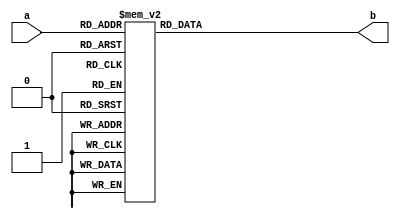
module special_multiplier(a,b);

input  [3:0] a;
output [6:0] b;
reg    [6:0] b;

always @(a)
begin
	case(a)
//	4'b0000:b = 7'b0000001;
	4'b0001:b = 7'b1001111;
	4'b0010:b = 7'b0010010;
	4'b0011:b = 7'b0001101;
	4'b0100:b = 7'b0000100;
	4'b0101:b = 7'b1100000;
	4'b0110:b = 7'b1100000;
	4'b0111:b = 7'b1000010;
	4'b1000:b = 7'b0111000;
	default
	b = 7'b0000001;
	endcase
end
endmodule